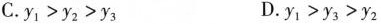
C. $$y _ { 1 } > y _ { 2 } > y _ { 3 }$$ D. $$y _ { 1 } > y _ { 3 } > y _ { 2 }$$